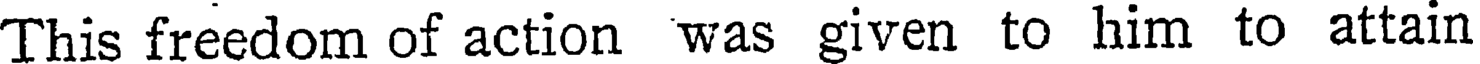
This freedom of action was given to him to attain